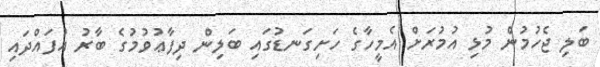
ބަލި ޖެހުމުން މުޅި އުމުރަށް އެމީހާގެ ހަށިގަނޑުގައި ބަލިން ދިފާޢުވުމުގެ ބާރު އުފައްދައި